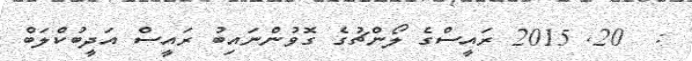
:  20